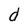
Character: d